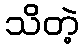
သိတဲ့